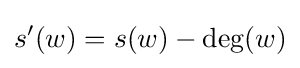
s'(w)=s(w)-\deg(w)